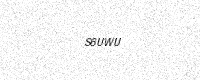
Text: S6UWU